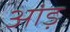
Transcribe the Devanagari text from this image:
आंड़